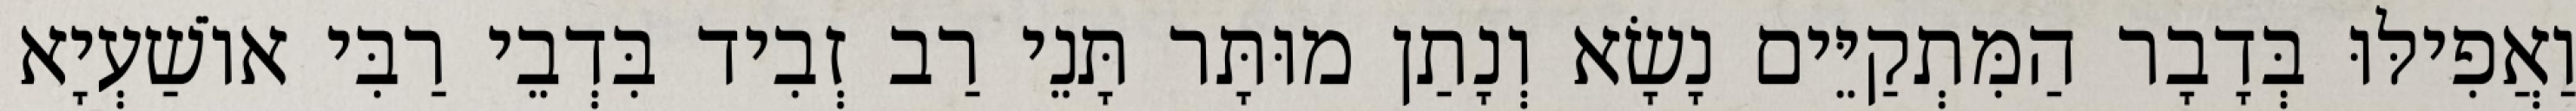
וַאֲפִילּוּ בְּדָבָר הַמִּתְקַיֵּים נָשָׂא וְנָתַן מוּתָּר תָּנֵי רַב זְבִיד בִּדְבֵי רַבִּי אוֹשַׁעְיָא